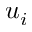
u _ { i }